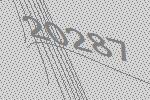
20287